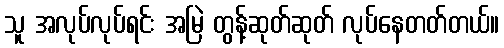
သူ အလုပ်လုပ်ရင်း အမြဲ တွန့်ဆုတ်ဆုတ် လုပ်နေတတ်တယ်။